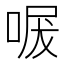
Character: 𭈩